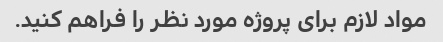
مواد لازم برای پروژه مورد نظر را فراهم کنید.